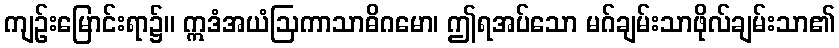
ကျဉ်းမြောင်းရာ၌။ ဣဒံအယံဩကာသာဓိဂမော၊ ဤရအပ်သော မဂ်ချမ်းသာဖိုလ်ချမ်းသာ၏